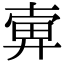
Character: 𢍚